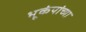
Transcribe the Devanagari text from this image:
भूकंपांच्या